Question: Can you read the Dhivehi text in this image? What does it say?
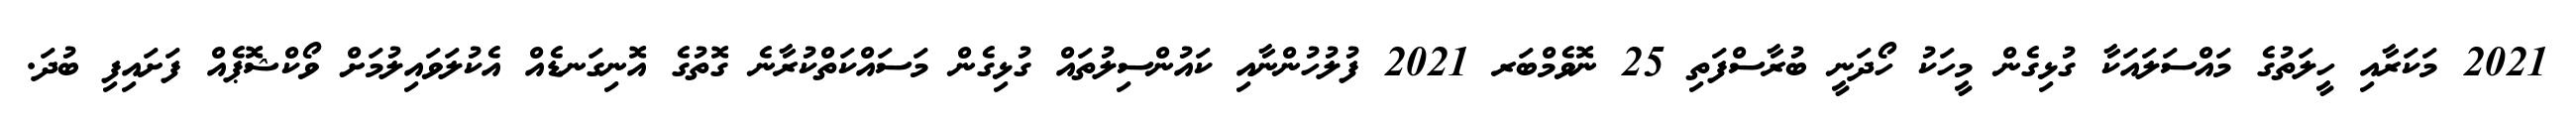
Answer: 2021 މަކަރާއި ހީލަތުގެ މައްސަލައަކާ ގުޅިގެން މީހަކު ހޯދަނީ ބުރާސްފަތި 25 ނޮވެމްބަރ 2021 ފުލުހުންނާއި ކައުންސިލުތައް ގުޅިގެން މަސައްކަތްކުރާނެ ގޮތުގެ އޮނިގަނޑެއް އެކުލަވައިލުމަށް ވޯކްޝޮޕެއް ފަށައިފި ބުދަ.